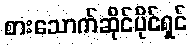
စားသောက်ဆိုင်ပိုင်ရှင်